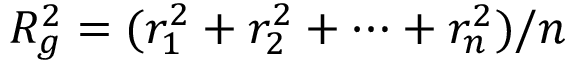
R _ { g } ^ { 2 } = ( r _ { 1 } ^ { 2 } + r _ { 2 } ^ { 2 } + \cdots + r _ { n } ^ { 2 } ) / n